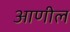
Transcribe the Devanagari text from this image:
आणील